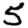
Digit: 5